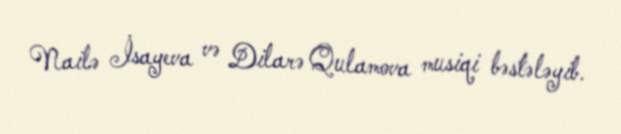
Nailə İsayeva və Dilarə Qulamova musiqi bəstələyib.